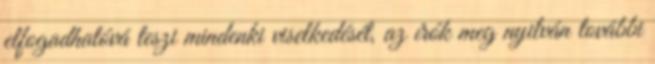
elfogadhatóvá teszi mindenki viselkedését, az írók meg nyilván további